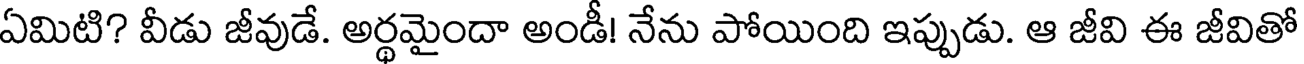
ఏమిటి? వీడు జీవుడే. అర్థమైందా అండీ! నేను పోయింది ఇప్పుడు. ఆ జీవి ఈ జీవితో